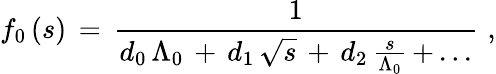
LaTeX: f_{0}\, (s)\, =\, \frac{1}{d_{0}\, \Lambda_{0}\, +\, d_{1}\, \sqrt{s}\, +\, d_{2}\, \frac{s}{\Lambda_{0}}\, +\, ...}\, \, ,